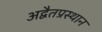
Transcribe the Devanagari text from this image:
अद्वैतप्रस्थान